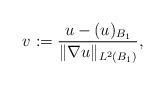
LaTeX: \begin{align*}v := \dfrac{u - (u)_{B_1}}{\|\nabla u\|_{L^2(B_1)}},\end{align*}